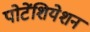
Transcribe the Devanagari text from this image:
पोटेंशियेशन